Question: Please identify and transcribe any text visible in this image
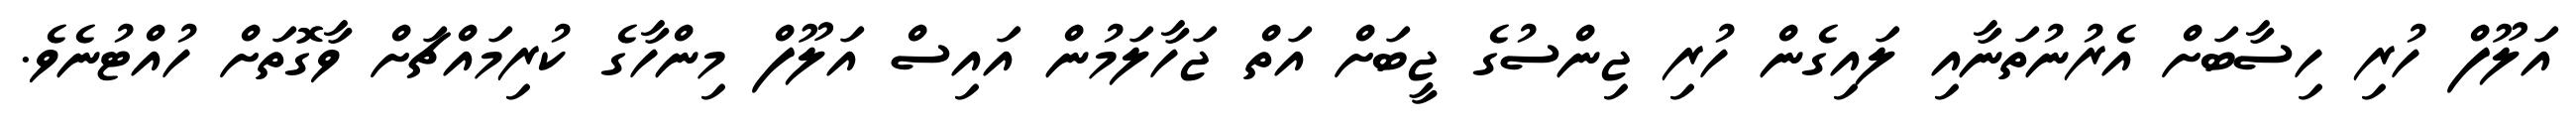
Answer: އަލޫފް ހުރި ހިސާބަށް އެރުނުތަނާއި ލައިގެން ހުރި ޖިންސުގެ ޖީބަށް އަތް ޖަހާލަމުން އައިސް އަލޫފް މިންހާގެ ކުރިމައްޗަށް ވާގޮތަށް ހުއްޓުނެވެ.